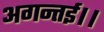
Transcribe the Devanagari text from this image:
अगन्‍तई।।